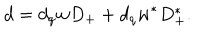
d = d _ { q } w D _ { + } + d _ { q } w ^ { \ast } D _ { + } ^ { \ast } .